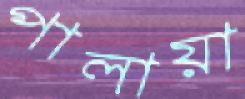
পালায়া